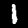
Label: 1